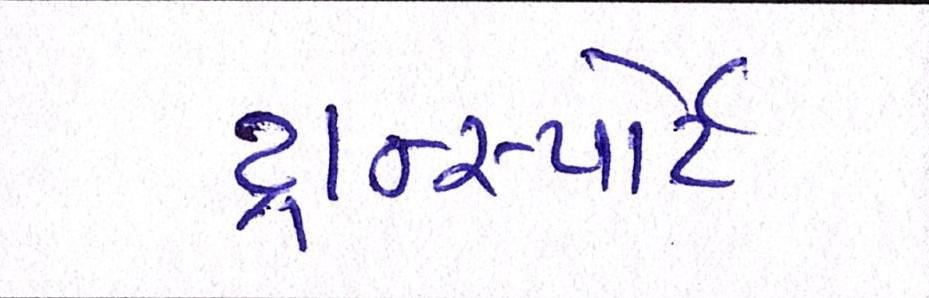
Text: ટ્રાન્સ્પોર્ટ